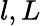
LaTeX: l,L